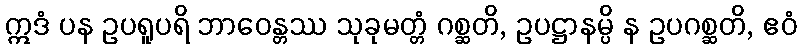
ဣဒံ ပန ဥပရူပရိ ဘာဝေန္တဿ သုခုမတ္တံ ဂစ္ဆတိ, ဥပဋ္ဌာနမ္ပိ န ဥပဂစ္ဆတိ, ဧဝံ